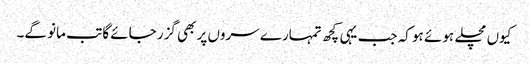
کیوں مچلے ہوئے ہو کہ جب یہی کچھ تمہارے سروں پر بھی گزر جائے گا تب مانو گے۔